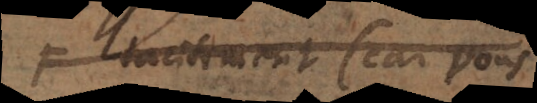
tacitement (car vous